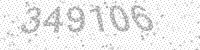
Solution: 349106